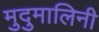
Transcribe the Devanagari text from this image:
मुदुमालिनी